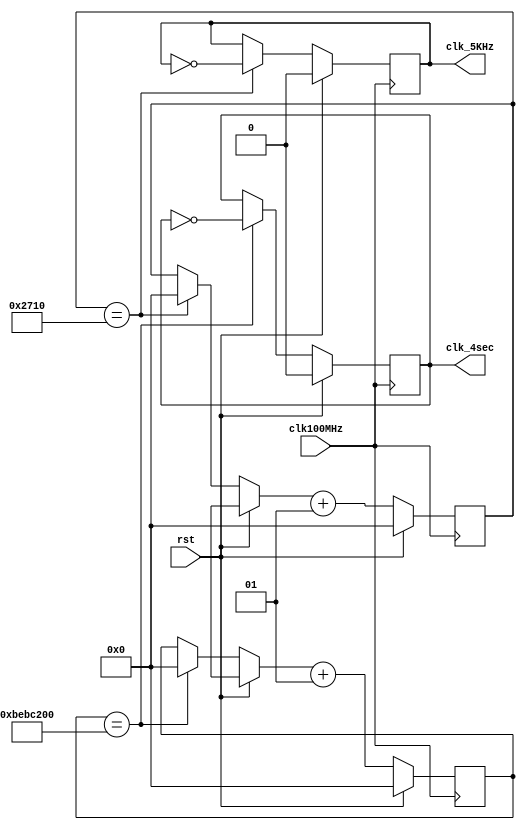
module clk_gen(clk100MHz, rst, clk_4sec, clk_5KHz);
input clk100MHz, rst;
output clk_4sec, clk_5KHz; 
reg clk_4sec, clk_5KHz; 
integer count, count1; 

//Taken from Donald Hung's Lab 1 examples
always@(posedge clk100MHz)
begin
 if(rst)  
 begin
  count = 0;   
  count1 = 0;

clk_4sec = 0;   
clk_5KHz  =0;
end  
else  
begin
  if(count == 200000000)
  begin
   clk_4sec = ~clk_4sec;    
   count = 0;
  end
  if(count1 == 10000)   
  begin
   clk_5KHz = ~clk_5KHz;    
   count1 = 0;   
  end   
  count = count + 1;   
  count1 = count1 + 1;         
  end 
 end 
 endmodule // end clk_gen